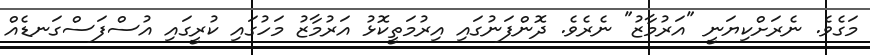
މަގެވެ. ނެރަށްކިޔަނީ "އަރުމާޒު" ނެރެވެ. ދޮންފަނުގައި އިރުމަތީކޮޅު އަރުމާޒު މަހުގައި ކުރީގައި އުސްފަސްގަނޑެއް